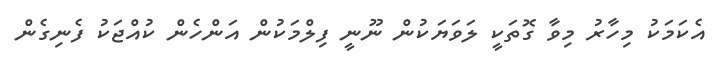
އެކަމަކު މިހާރު މިވާ ގޮތަކީ ލަވަޔަކުން ނޫނީ ފިލްމަކުން އަންހެން ކުއްޖަކު ފެނިގެން